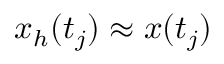
x _ { h } ( t _ { j } ) \approx x ( t _ { j } )